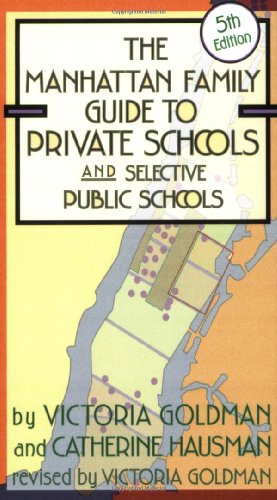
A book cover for Manhattan Family Guide to Private Schools and Selective Public Schools, 5th Ed. (Manhattan Family Guide to Private Schools & Selective Public Schools); Victoria Goldman; Test Preparation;